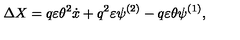
\Delta X = q \varepsilon \theta ^ { 2 } \dot { x } + q ^ { 2 } \varepsilon \psi ^ { ( 2 ) } - q \varepsilon \theta \psi ^ { ( 1 ) } ,